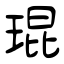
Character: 琨